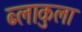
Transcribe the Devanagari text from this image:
ब्लाकुला